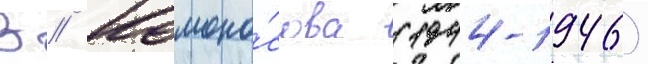
В // Ломоно́сова (1944-1946)